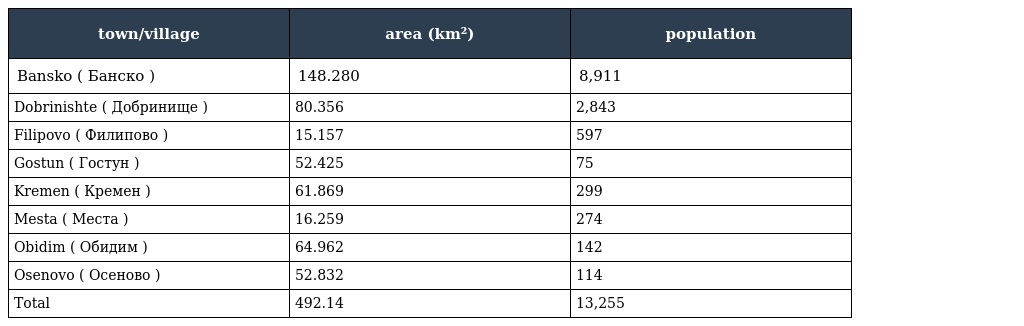
| town/village | area (km²) | population |
 | --- | --- | --- |
 | Bansko ( Банско ) | 148.280 | 8,911 |
 | Dobrinishte ( Добринище ) | 80.356 | 2,843 |
 | Filipovo ( Филипово ) | 15.157 | 597 |
 | Gostun ( Гостун ) | 52.425 | 75 |
 | Kremen ( Кремен ) | 61.869 | 299 |
 | Mesta ( Места ) | 16.259 | 274 |
 | Obidim ( Обидим ) | 64.962 | 142 |
 | Osenovo ( Осеново ) | 52.832 | 114 |
 | Total | 492.14 | 13,255 |